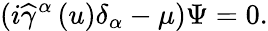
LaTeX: (i\widehat{\gamma}^{\alpha}\left(u\right)\delta_{\alpha}-\mu)\Psi=0.